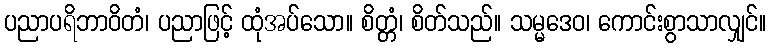
ပညာပရိဘာဝိတံ၊ ပညာဖြင့် ထုံအပ်သော။ စိတ္တံ၊ စိတ်သည်။ သမ္မဒေဝ၊ ကောင်းစွာသာလျှင်။